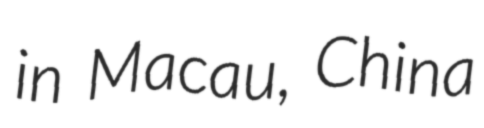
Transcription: in Macau, China